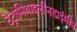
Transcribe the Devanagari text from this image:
टेट्रामिथाइलीनडाईमीन